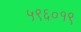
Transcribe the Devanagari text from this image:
५९६०१९